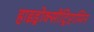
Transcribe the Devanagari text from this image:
हाइड्रोक्सीट्रिप्टामिन